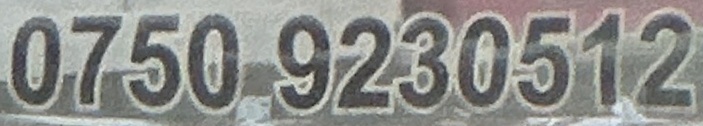
0750 9230512